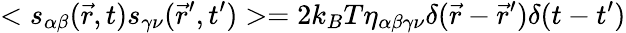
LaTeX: <s_{\alpha\beta}(\vec{r},t)s_{\gamma\nu}(\vec{r}^{\prime},t^{\prime})>=2k_{B}T\eta_{\alpha\beta\gamma\nu}\delta(\vec{r}-\vec{r}^{\prime})\delta(t-t^{\prime})